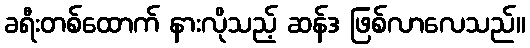
ခရီးတစ်ထောက် နားလိုသည့် ဆန်ဒ ဖြစ်လာလေသည်။